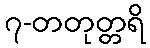
၇-တတုတ္တရိ